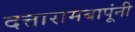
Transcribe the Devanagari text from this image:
दत्तारामबापूंनी